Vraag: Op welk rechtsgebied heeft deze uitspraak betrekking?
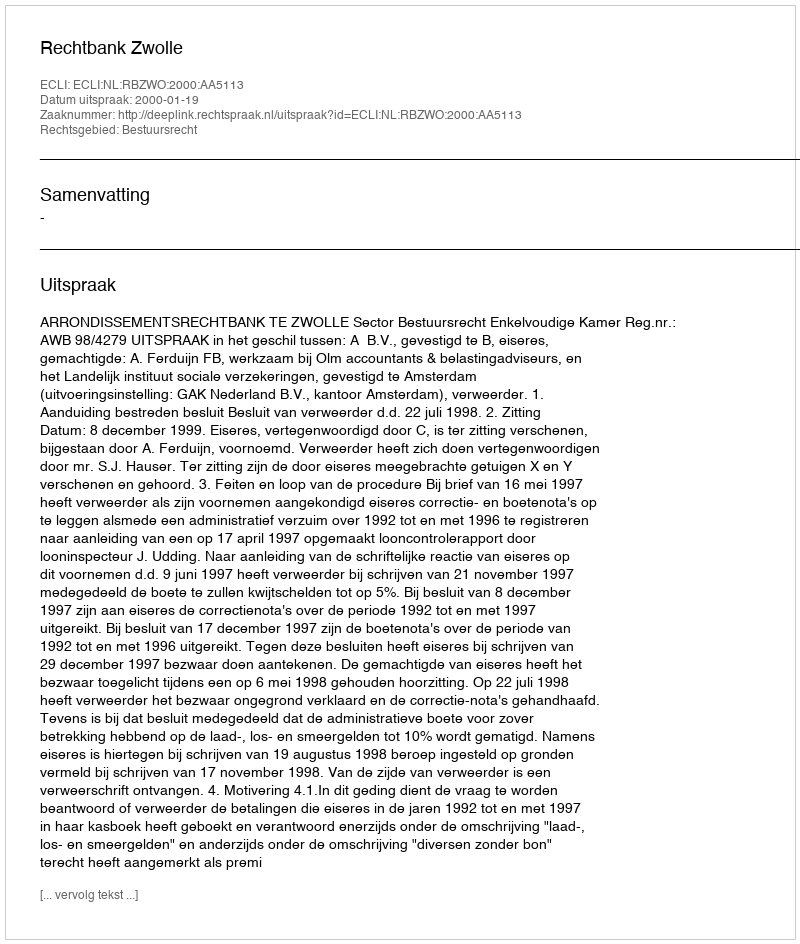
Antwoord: Bestuursrecht